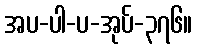
အပ-ပါ-ပ-အုပ်-၃၇၆။